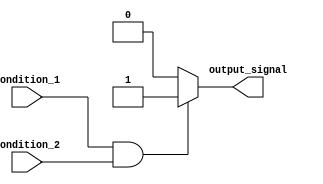
module if_else_logical_and (
    input wire condition_1,
    input wire condition_2,
    output reg output_signal
);

always @ (*) begin
    if (condition_1 && condition_2) begin
        // Execute statements inside if block
        output_signal = 1;
    end
    else begin
        // Execute statements inside else block
        output_signal = 0;
    end
end

endmodule